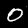
Label: 0